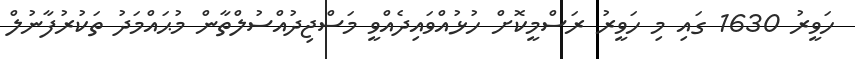
ހަވީރު 1630 ގައި މި ހަވީރު ރަސްމީކޮށް ހުޅުއްވައިދެއްވީ މަސްޖިދުއްސުލްތާން މުޙައްމަދު ތަކުރުފާނުލް